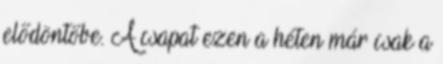
elődöntőbe. A csapat ezen a héten már csak a